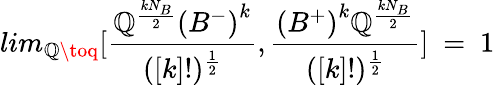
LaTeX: lim_{\mathbb{Q}\toq}[{{\frac{{\mathbb{Q}^{\frac{{kN_{B}}}{{2}}}{(B^{-})}^{k}}}{{([k]!)^{\frac{{1}}{{2}}}}}},{{\frac{{{(B^{+})}^{k}\mathbb{Q}^{{\frac{{kN_{B}}}{{2}}}}}}{{([k]!)^{\frac{{1}}{{2}}}}}}}}]~=~1